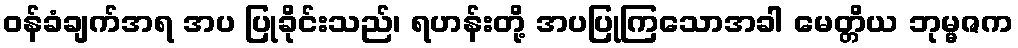
ဝန်ခံချက်အရ အပ ပြုခိုင်းသည်၊ ရဟန်းတို့ အပပြုကြသောအခါ မေတ္တိယ ဘုမ္မဇက